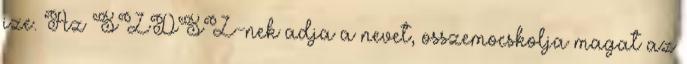
ize. Az SZDSZ-nek adja a nevet, osszemocskolja magat az